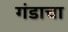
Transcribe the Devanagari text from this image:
गंडाचा